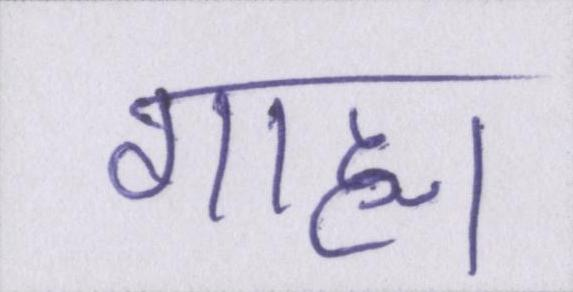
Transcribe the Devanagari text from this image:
गाह्य